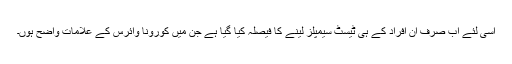
اسی لئے اب صرف ان افراد کے ہی ٹیسٹ سیمپلز لینے کا فیصلہ کیا گیا ہے جن میں کورونا وائرس کے علامات واضح ہوں۔